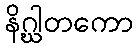
နိဂ္ဃါတကော